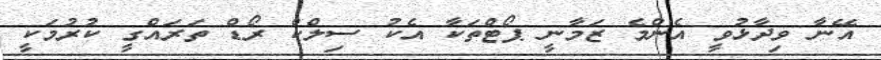
އޭނާ ވިދާޅުވީ އެންމެ ޒަމާނީ ޕޯޓްތަކާ އެކު ސިލްކް ރޯޑް ތަރައްގީ ކުރުމަކީ